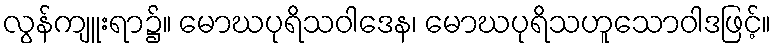
လွန်ကျူးရာ၌။ မောဃပုရိသဝါဒေန၊ မောဃပုရိသဟူသောဝါဒဖြင့်။